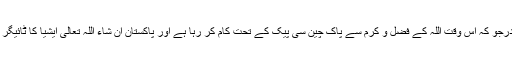
اہم پروجیکٹ گوادرجو کہ اس وقت اللہ کے فضل و کرم سے پاک چین سی پیک کے تحت کام کر رہا ہے اور پاکستان ان شاء اللہ تعالیٰ ایشیا کا ٹائیگر بن کر اُبھرے گا۔